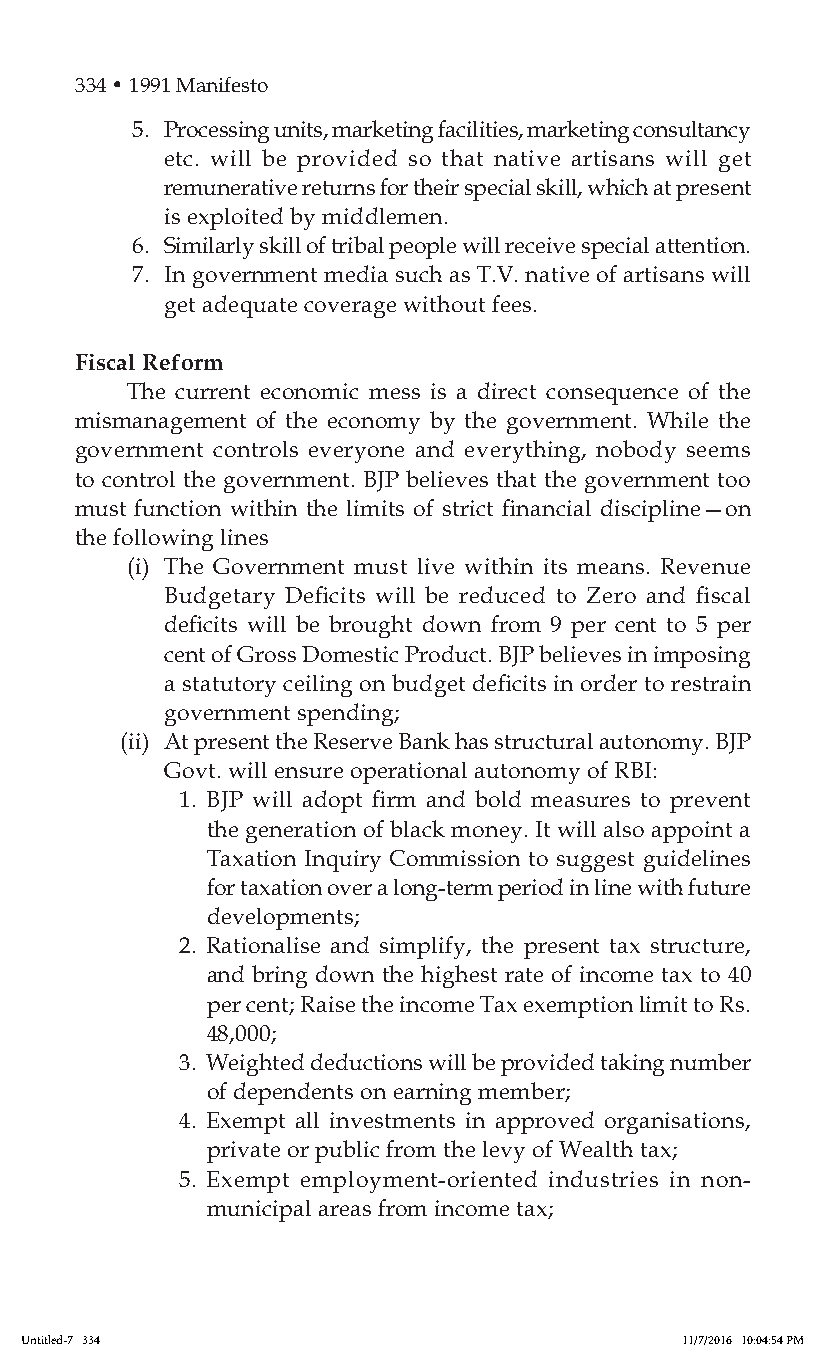
334 • 1991 Manifesto
 5. Processing units, marketing facilities, marketing consultancy
 etc. will be provided so that native artisans will get
 remunerative returns for their special skill, which at present
 is exploited by middlemen.
 6. Similarly skill of tribal people will receive special attention.
 7. In government media such as T.V. native of artisans will
 get adequate coverage without fees.
 Fiscal Reform
 The current economic mess is a direct consequence of the
 mismanagement of the economy by the government. While the
 government controls everyone and everything, nobody seems
 to control the government. BJP believes that the government too
 must function within the limits of strict financial discipline—on
 the following lines
 (i) The Government must live within its means. Revenue
 Budgetary Deficits will be reduced to Zero and fiscal
 deficits will be brought down from 9 per cent to 5 per
 cent of Gross Domestic Product. BJP believes in imposing
 a statutory ceiling on budget deficits in order to restrain
 government spending;
 (ii) At present the Reserve Bank has structural autonomy. BJP
 Govt. will ensure operational autonomy of RBI:
 1. BJP will adopt firm and bold measures to prevent
 the generation of black money. It will also appoint a
 Taxation Inquiry Commission to suggest guidelines
 for taxation over a long-term period in line with future
 developments;
 2. Rationalise and simplify, the present tax structure,
 and bring down the highest rate of income tax to 40
 per cent; Raise the income Tax exemption limit to Rs.
 48,000;
 3. Weighted deductions will be provided taking number
 of dependents on earning member;
 4. Exempt all investments in approved organisations,
 private or public from the levy of Wealth tax;
 5. Exempt employment-oriented industries in non-
 municipal areas from income tax;
 Untitled-7 334                              11/7/2016 10:04:54 PM